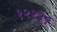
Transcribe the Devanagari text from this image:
१२२३९